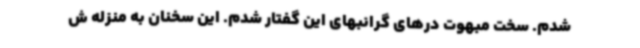
شدم. سخت مبهوت درهای گرانبهای این گفتار شدم. این سخنان به منزله ش